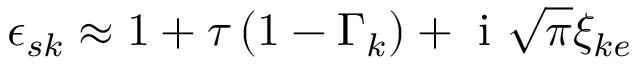
\epsilon _ { s k } \approx 1 + \tau \left( 1 - \Gamma _ { k } \right) + \mathrm { ~ i ~ } \sqrt { \pi } \xi _ { k e }